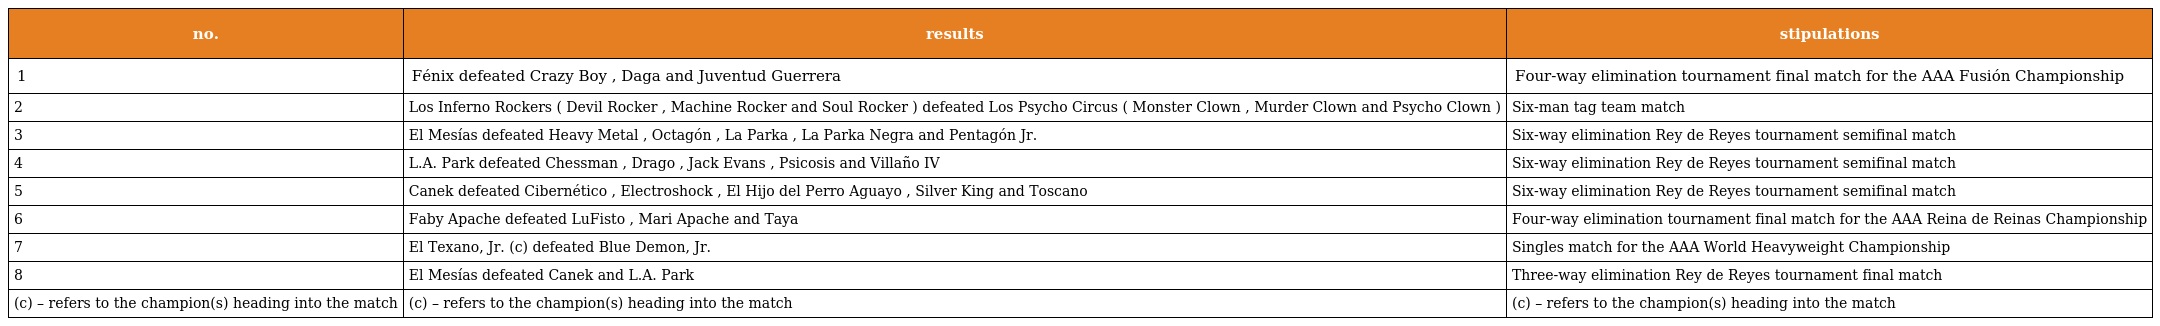
| no. | results | stipulations |
 | --- | --- | --- |
 | 1 | Fénix defeated Crazy Boy , Daga and Juventud Guerrera | Four-way elimination tournament final match for the AAA Fusión Championship |
 | 2 | Los Inferno Rockers ( Devil Rocker , Machine Rocker and Soul Rocker ) defeated Los Psycho Circus ( Monster Clown , Murder Clown and Psycho Clown ) | Six-man tag team match |
 | 3 | El Mesías defeated Heavy Metal , Octagón , La Parka , La Parka Negra and Pentagón Jr. | Six-way elimination Rey de Reyes tournament semifinal match |
 | 4 | L.A. Park defeated Chessman , Drago , Jack Evans , Psicosis and Villaño IV | Six-way elimination Rey de Reyes tournament semifinal match |
 | 5 | Canek defeated Cibernético , Electroshock , El Hijo del Perro Aguayo , Silver King and Toscano | Six-way elimination Rey de Reyes tournament semifinal match |
 | 6 | Faby Apache defeated LuFisto , Mari Apache and Taya | Four-way elimination tournament final match for the AAA Reina de Reinas Championship |
 | 7 | El Texano, Jr. (c) defeated Blue Demon, Jr. | Singles match for the AAA World Heavyweight Championship |
 | 8 | El Mesías defeated Canek and L.A. Park | Three-way elimination Rey de Reyes tournament final match |
 | (c) – refers to the champion(s) heading into the match | (c) – refers to the champion(s) heading into the match | (c) – refers to the champion(s) heading into the match |